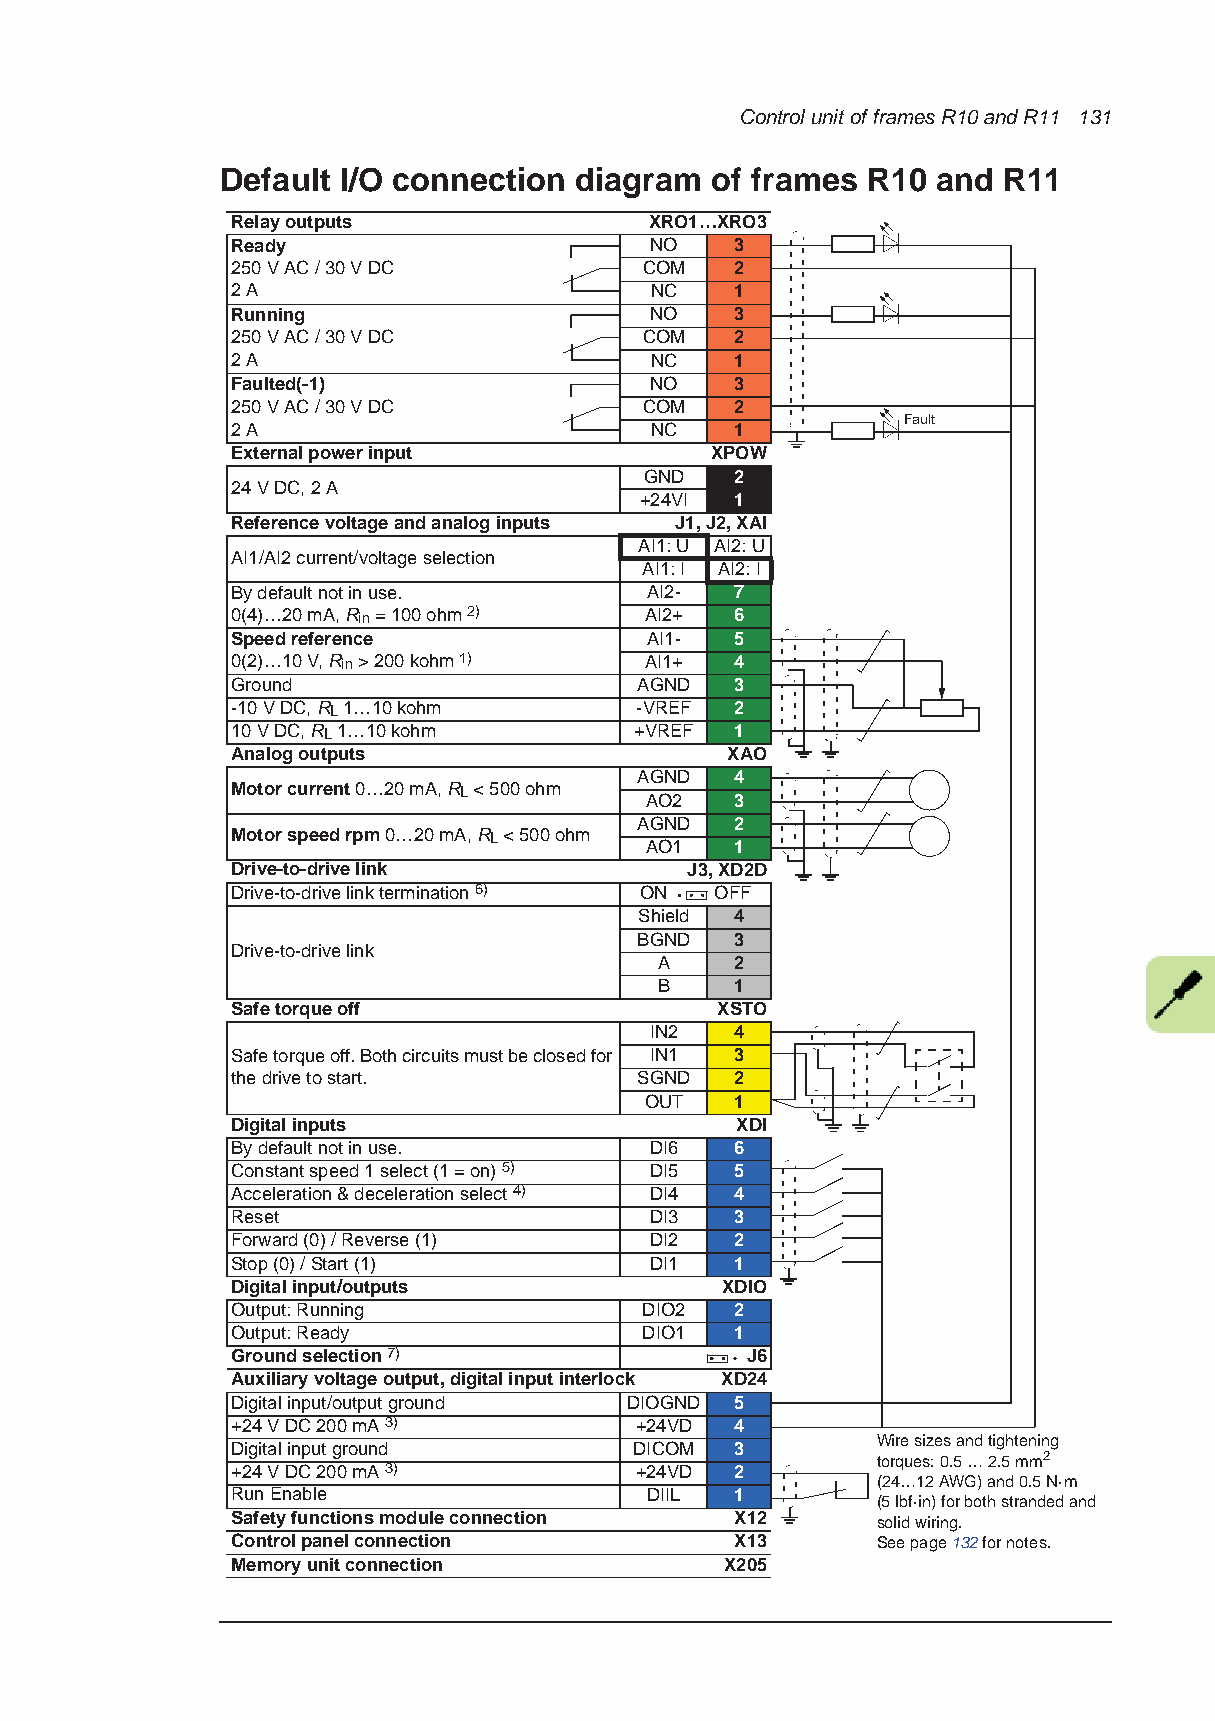
Control unit of frames R10 and R11 131
 Default I/O connection diagram  of frames R10  and R11
 Relay outputs               XRO1…XRO3
 Ready                       NO    3
 250 V AC / 30 V DC          COM   2
 2 A                         NC    1
 Running                     NO    3
 250 V AC / 30 V DC          COM   2
 2 A                         NC    1
 Faulted(-1)                 NO    3
 250 V AC / 30 V DC          COM   2
 Fault
 2 A                         NC    1
 External power input            XPOW
 GND   2
 24 V DC, 2 A
 +24VI  1
 Reference voltage and analog inputs J1, J2, XAI
 AI1: U AI2: U
 AI1/AI2 current/voltage selection
 AI1: I AI2: I
 By default not in use.      AI2-  7
 0(4)…20mA, Rin=100ohm 2)    AI2+  6
 Speedreference              AI1-  5
 0(2)…10V, Rin>200kohm 1)    AI1+  4
 Ground                     AGND   3
 -10 V DC, RL 1…10 kohm     -VREF  2
 10 V DC, RL 1…10 kohm      +VREF  1
 Analog outputs                   XAO
 AGND   4
 Motor current 0…20mA, RL < 500ohm
 AO2   3
 AGND   2
 Motor speed rpm 0…20mA, RL<500ohm
 AO1   1
 Drive-to-drive link           J3, XD2D
 Drive-to-drive link termination 6) ON OFF
 Shield 4
 BGND   3
 Drive-to-drive link
 A    2
 B    1
 Safe torque off                 XSTO
 IN2   4
 Safe torque off. Both circuits must be closed for IN1 3
 the drive to start.        SGND   2
 OUT   1
 Digital inputs                    XDI
 By default not in use.      DI6   6
 Constant speed 1 select (1 = on) 5) DI5 5
 Acceleration & deceleration select 4) DI4 4
 Reset                       DI3   3
 Forward (0) / Reverse (1)   DI2   2
 Stop (0) / Start (1)        DI1   1
 Digital input/outputs            XDIO
 Output: Running             DIO2  2
 Output: Ready               DIO1  1
 Ground selection 7)               J6
 Auxiliary voltage output, digital input interlock XD24
 Digital input/output ground DIOGND 5
 +24 V DC 200 mA 3)         +24VD  4
 Wire sizes and tightening
 Digital input ground       DICOM  3
 torques: 0.5 … 2.5mm2
 +24 V DC 200 mA 3)         +24VD  2
 (24…12AWG) and 0.5N·m
 Run Enable                  DIIL  1
 (5lbf·in) for both stranded and
 Safety functions module connection X12     solid wiring.
 Control panel connection          X13      See page 132 for notes.
 Memory unit connection           X205